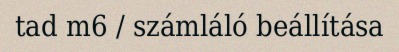
tad m6 / számláló beállítása